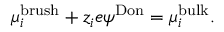
\begin{array} { r } { \mu _ { i } ^ { \mathrm { b r u s h } } + z _ { i } e \psi ^ { \mathrm { D o n } } = \mu _ { i } ^ { \mathrm { b u l k } } . } \end{array}